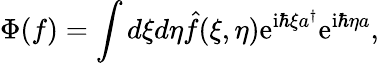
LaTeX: \Phi(f)=\int d\xi d\eta\hat{f}(\xi,\eta)\mathrm{e}^{\mathrm{i}\hbar\xi a^{\dagger}}\mathrm{e}^{\mathrm{i}\hbar\eta a},